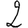
Digit: 2